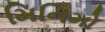
મિનિમો